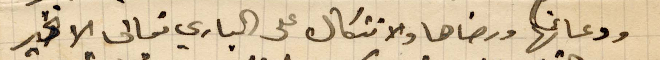
ودعائها ورضاها والاتكال على الباري تعالى الا خير